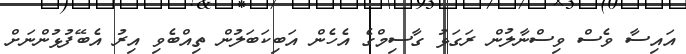
އައިސާ ވެސް ވިސްނާލުން ރަގަޅު ގާސިމްގެ އެހެން އަބިކަބަލުން ތިއްބެވި އިރު އެބޭފުޅުންނަށް